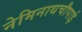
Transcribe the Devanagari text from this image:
नेमिनाथचौपाई